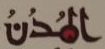
المدن